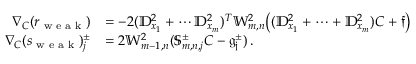
\begin{array} { r l } { \nabla _ { C } ( r _ { \textrm { w e a k } } ) } & { = - 2 ( \mathbb { D } _ { x _ { 1 } } ^ { 2 } + \cdots \mathbb { D } _ { x _ { m } } ^ { 2 } ) ^ { T } \mathbb { W } _ { m , n } ^ { 2 } \big ( ( \mathbb { D } _ { x _ { 1 } } ^ { 2 } + \cdots + \mathbb { D } _ { x _ { m } } ^ { 2 } ) C + \mathfrak { f } \big ) } \\ { \nabla _ { C } ( s _ { \textrm { w e a k } } ) _ { j } ^ { \pm } } & { = 2 \mathbb { W } _ { m - 1 , n } ^ { 2 } ( \mathbb { S } _ { m , n , j } ^ { \pm } C - \mathfrak { g _ { j } ^ { \pm } } ) \, . } \end{array}